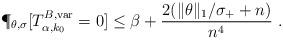
LaTeX: \begin{align*}\P_{\theta,\sigma}[T^{B,\mathrm{var}}_{\alpha,k_0}=0]\leq \beta+ \frac{2(\|\theta\|_1/\sigma_++ n)}{n^4} \ .\end{align*}